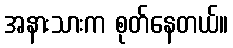
အနားသားက စုတ်နေတယ်။